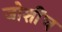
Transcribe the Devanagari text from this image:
जोशींच